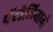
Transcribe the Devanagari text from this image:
पेंटोलियानो